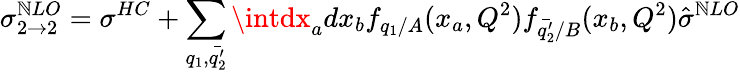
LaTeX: \sigma_{2\rightarrow2}^{\mathbb{N}LO}=\sigma^{HC}+\sum_{q_{1},\bar{{q_{2}^{\prime}}}}\intdx_{a}dx_{b}f_{q_{1}/A}(x_{a},Q^{2})f_{\bar{{q_{2}^{\prime}}}/B}(x_{b},Q^{2})\hat{{\sigma}}^{\mathbb{N}LO}